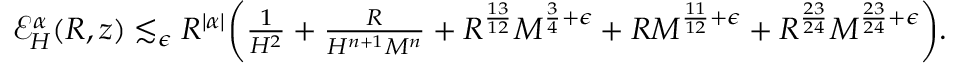
\begin{array} { r } { \mathcal { E } _ { H } ^ { \alpha } ( R , z ) \lesssim _ { \epsilon } R ^ { | \alpha | } \biggr ( \frac { 1 } { H ^ { 2 } } + \frac { R } { H ^ { n + 1 } M ^ { n } } + R ^ { \frac { 1 3 } { 1 2 } } M ^ { \frac { 3 } { 4 } + \epsilon } + R M ^ { \frac { 1 1 } { 1 2 } + \epsilon } + R ^ { \frac { 2 3 } { 2 4 } } M ^ { \frac { 2 3 } { 2 4 } + \epsilon } \biggr ) . } \end{array}